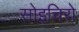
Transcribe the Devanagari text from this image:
सोइचिरो